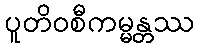
ပူတိဝစီကမ္မန္တဿ